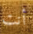
أنت